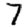
Digit: 7